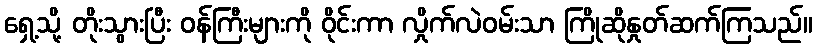
ရှေ့သို့ တိုးသွားပြီး ဝန်ကြီးများကို ဝိုင်းကာ လှိုက်လဲဝမ်းသာ ကြိုဆိုနှုတ်ဆက်ကြသည်။